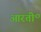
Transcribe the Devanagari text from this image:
आरती॰